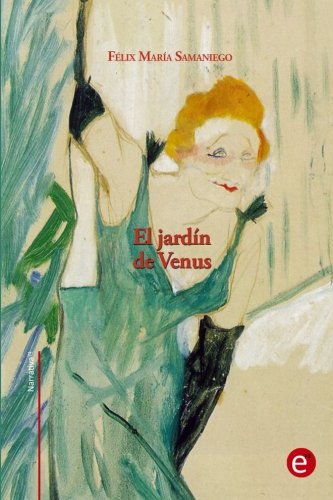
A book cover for El jardÃ­n de Venus (Narrativa74) (Volume 22) (Spanish Edition); FÃ©lix MarÃ­a Samaniego; Romance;